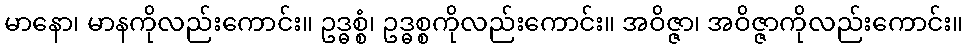
မာနော၊ မာနကိုလည်းကောင်း။ ဥဒ္ဓစ္စံ၊ ဥဒ္ဓစ္စကိုလည်းကောင်း။ အဝိဇ္ဇာ၊ အဝိဇ္ဇာကိုလည်းကောင်း။